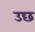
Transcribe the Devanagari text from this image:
उछ